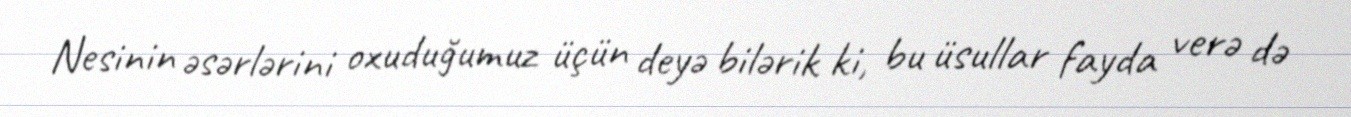
Nesinin əsərlərini oxuduğumuz üçün deyə bilərik ki, bu üsullar fayda verə də